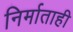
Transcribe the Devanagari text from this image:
निर्माताही